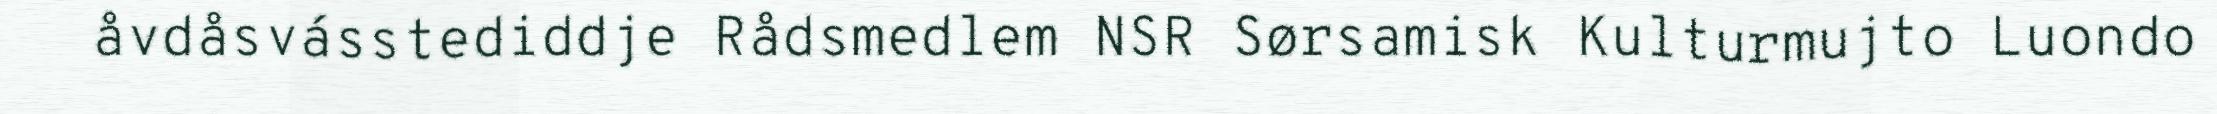
åvdåsvásstediddje Rådsmedlem NSR Sørsamisk Kulturmujto Luondo